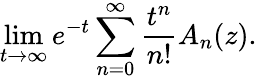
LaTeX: \operatorname*{lim}_{t\rightarrow\infty}e^{-t}\sum_{n=0}^{\infty}{\frac{t^{n}}{n!}}A_{n}(z).